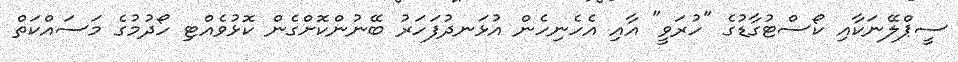
ސީޕްލޭނަކާއި ކޯސްޓުގާޑުގެ "ހުރަވީ" އާއި އެހެނިހެން އުޅަނދުފަހަރު ބޭނުންކޮށްގެން ކޮޅުވެއްޓި ހޯދުމުގެ މަސައްކަތް